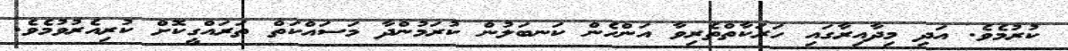
ކުރުމެވެ. އަދި މިދާއިރާގައި ހަރަކާތްތެރިވާ އަންހެން ކަނބަލުން ކުރަމުންދާ މަސައްކަތް ތަރައްގީކޮށް ކުރިއެރުވުމެވެ.